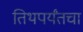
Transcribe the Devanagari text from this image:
तिथपर्यंतचा